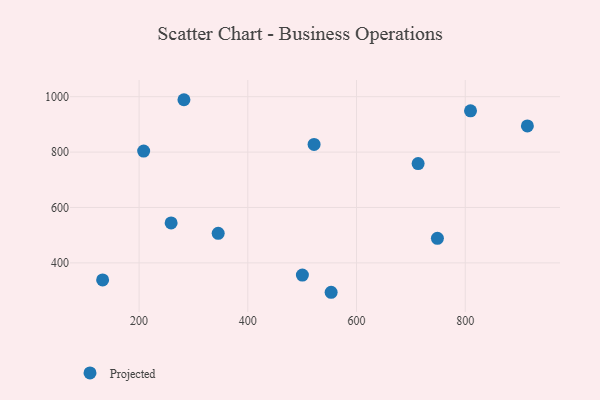
{"axis": {"x": "Speed", "y": "Demand"}, "legend": ["Projected"], "data": [{"x": "132.9", "y": 338.6, "type": "Projected"}, {"x": "282.5", "y": 989.0, "type": "Projected"}, {"x": "553.3", "y": 293.9, "type": "Projected"}, {"x": "809.7", "y": 948.8, "type": "Projected"}, {"x": "713.3", "y": 758.6, "type": "Projected"}, {"x": "500.4", "y": 356.1, "type": "Projected"}, {"x": "345.5", "y": 506.6, "type": "Projected"}, {"x": "748.8", "y": 488.8, "type": "Projected"}, {"x": "258.9", "y": 544.4, "type": "Projected"}, {"x": "914.3", "y": 894.4, "type": "Projected"}, {"x": "208.4", "y": 803.7, "type": "Projected"}, {"x": "521.9", "y": 827.7, "type": "Projected"}]}